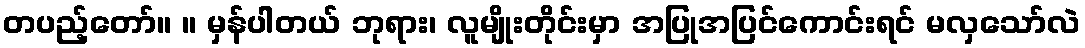
တပည့်တော်။ ။ မှန်ပါတယ် ဘုရား၊ လူမျိုးတိုင်းမှာ အပြုအပြင်ကောင်းရင် မလှသော်လဲ